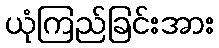
ယုံကြည်ခြင်းအား